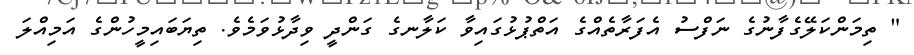
" ތިމަންކަލޭގެފާނުގެ ނަފްސު އެފަރާތެއްގެ އަތްޕުޅުގައިވާ ކަލާނގެ ގަންދީ ވިދާޅުވަމެވެ. ތިޔަބައިމީހުންގެ އަމިއްލަ